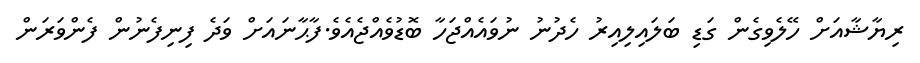
ރިޔާޝާއަށް ހޭލެވިގެން ގަޑި ބަލައިލިއިރު ހެދުނު ނުވައެއްޖަހާ ބޮޑުވެއްޖެއެވެ.ފާޙާނައަށް ވަދެ ފިނިފެނުން ފެންވަރަން